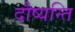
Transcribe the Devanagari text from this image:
दौष्यन्ति